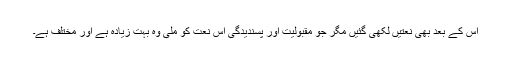
اس کے بعد بھی نعتیں لکھی گئیں مگر جو مقبولیت اور پسندیدگی اس نعت کو ملی وہ بہت زیادہ ہے اور مختلف ہے۔